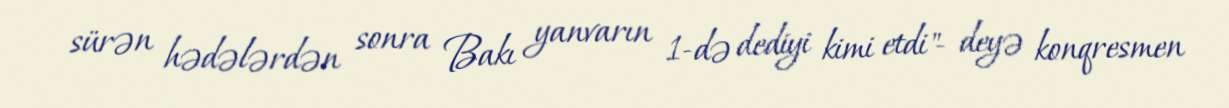
sürən hədələrdən sonra Bakı yanvarın 1-də dediyi kimi etdi"- deyə konqresmen